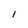
Character: I